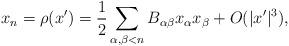
LaTeX: \begin{align*}x_n = \rho (x') = \frac{1}{2} \sum_{\alpha, \beta < n} B_{\alpha\beta} x_\alpha x_\beta + O (|x'|^3),\end{align*}